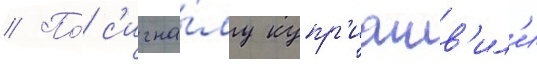
// По́ с'игна́лу купр'иашв'ил'и